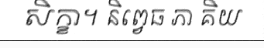
សិក្ខា។ និព្វេធ ភា គិយ